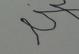
Signature authenticity: forged